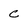
Character: c